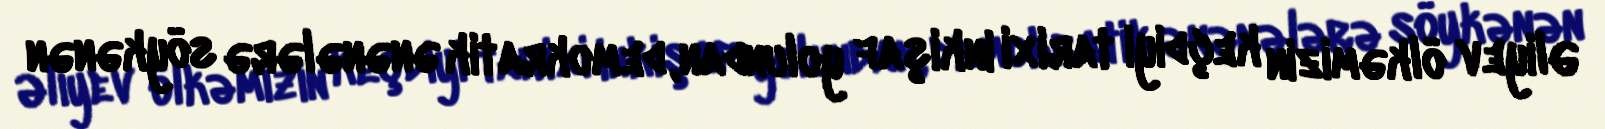
Əliyev ölkəmizin keçdiyi tarixi inkişaf yolundan, demokratik ənənələrə söykənən